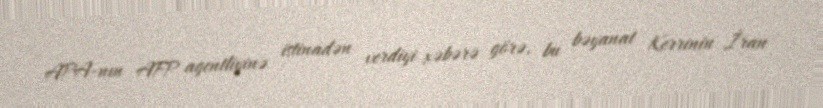
APA-nın AFP agentliyinə istinadən verdiyi xəbərə görə, bu bəyanat Kerrinin İran